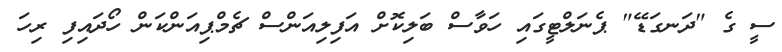
ސީ ގެ "ދަނގަޑޭ" ޕެނަލްޓީގައި ހަވާސް ބަލިކޮށް އަފިލިއަންސް ޗެމްޕިއަންކަން ހޯދައިފި ރިހަ